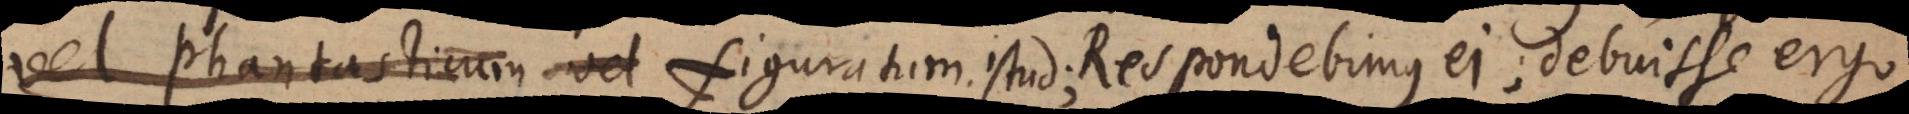
vel phantasticum vel figuratum. figuratum istud; Respondebimus ei, debuisse ergo